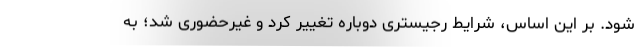
شود. بر این اساس، شرایط رجیستری دوباره تغییر کرد و غیرحضوری شد؛ به